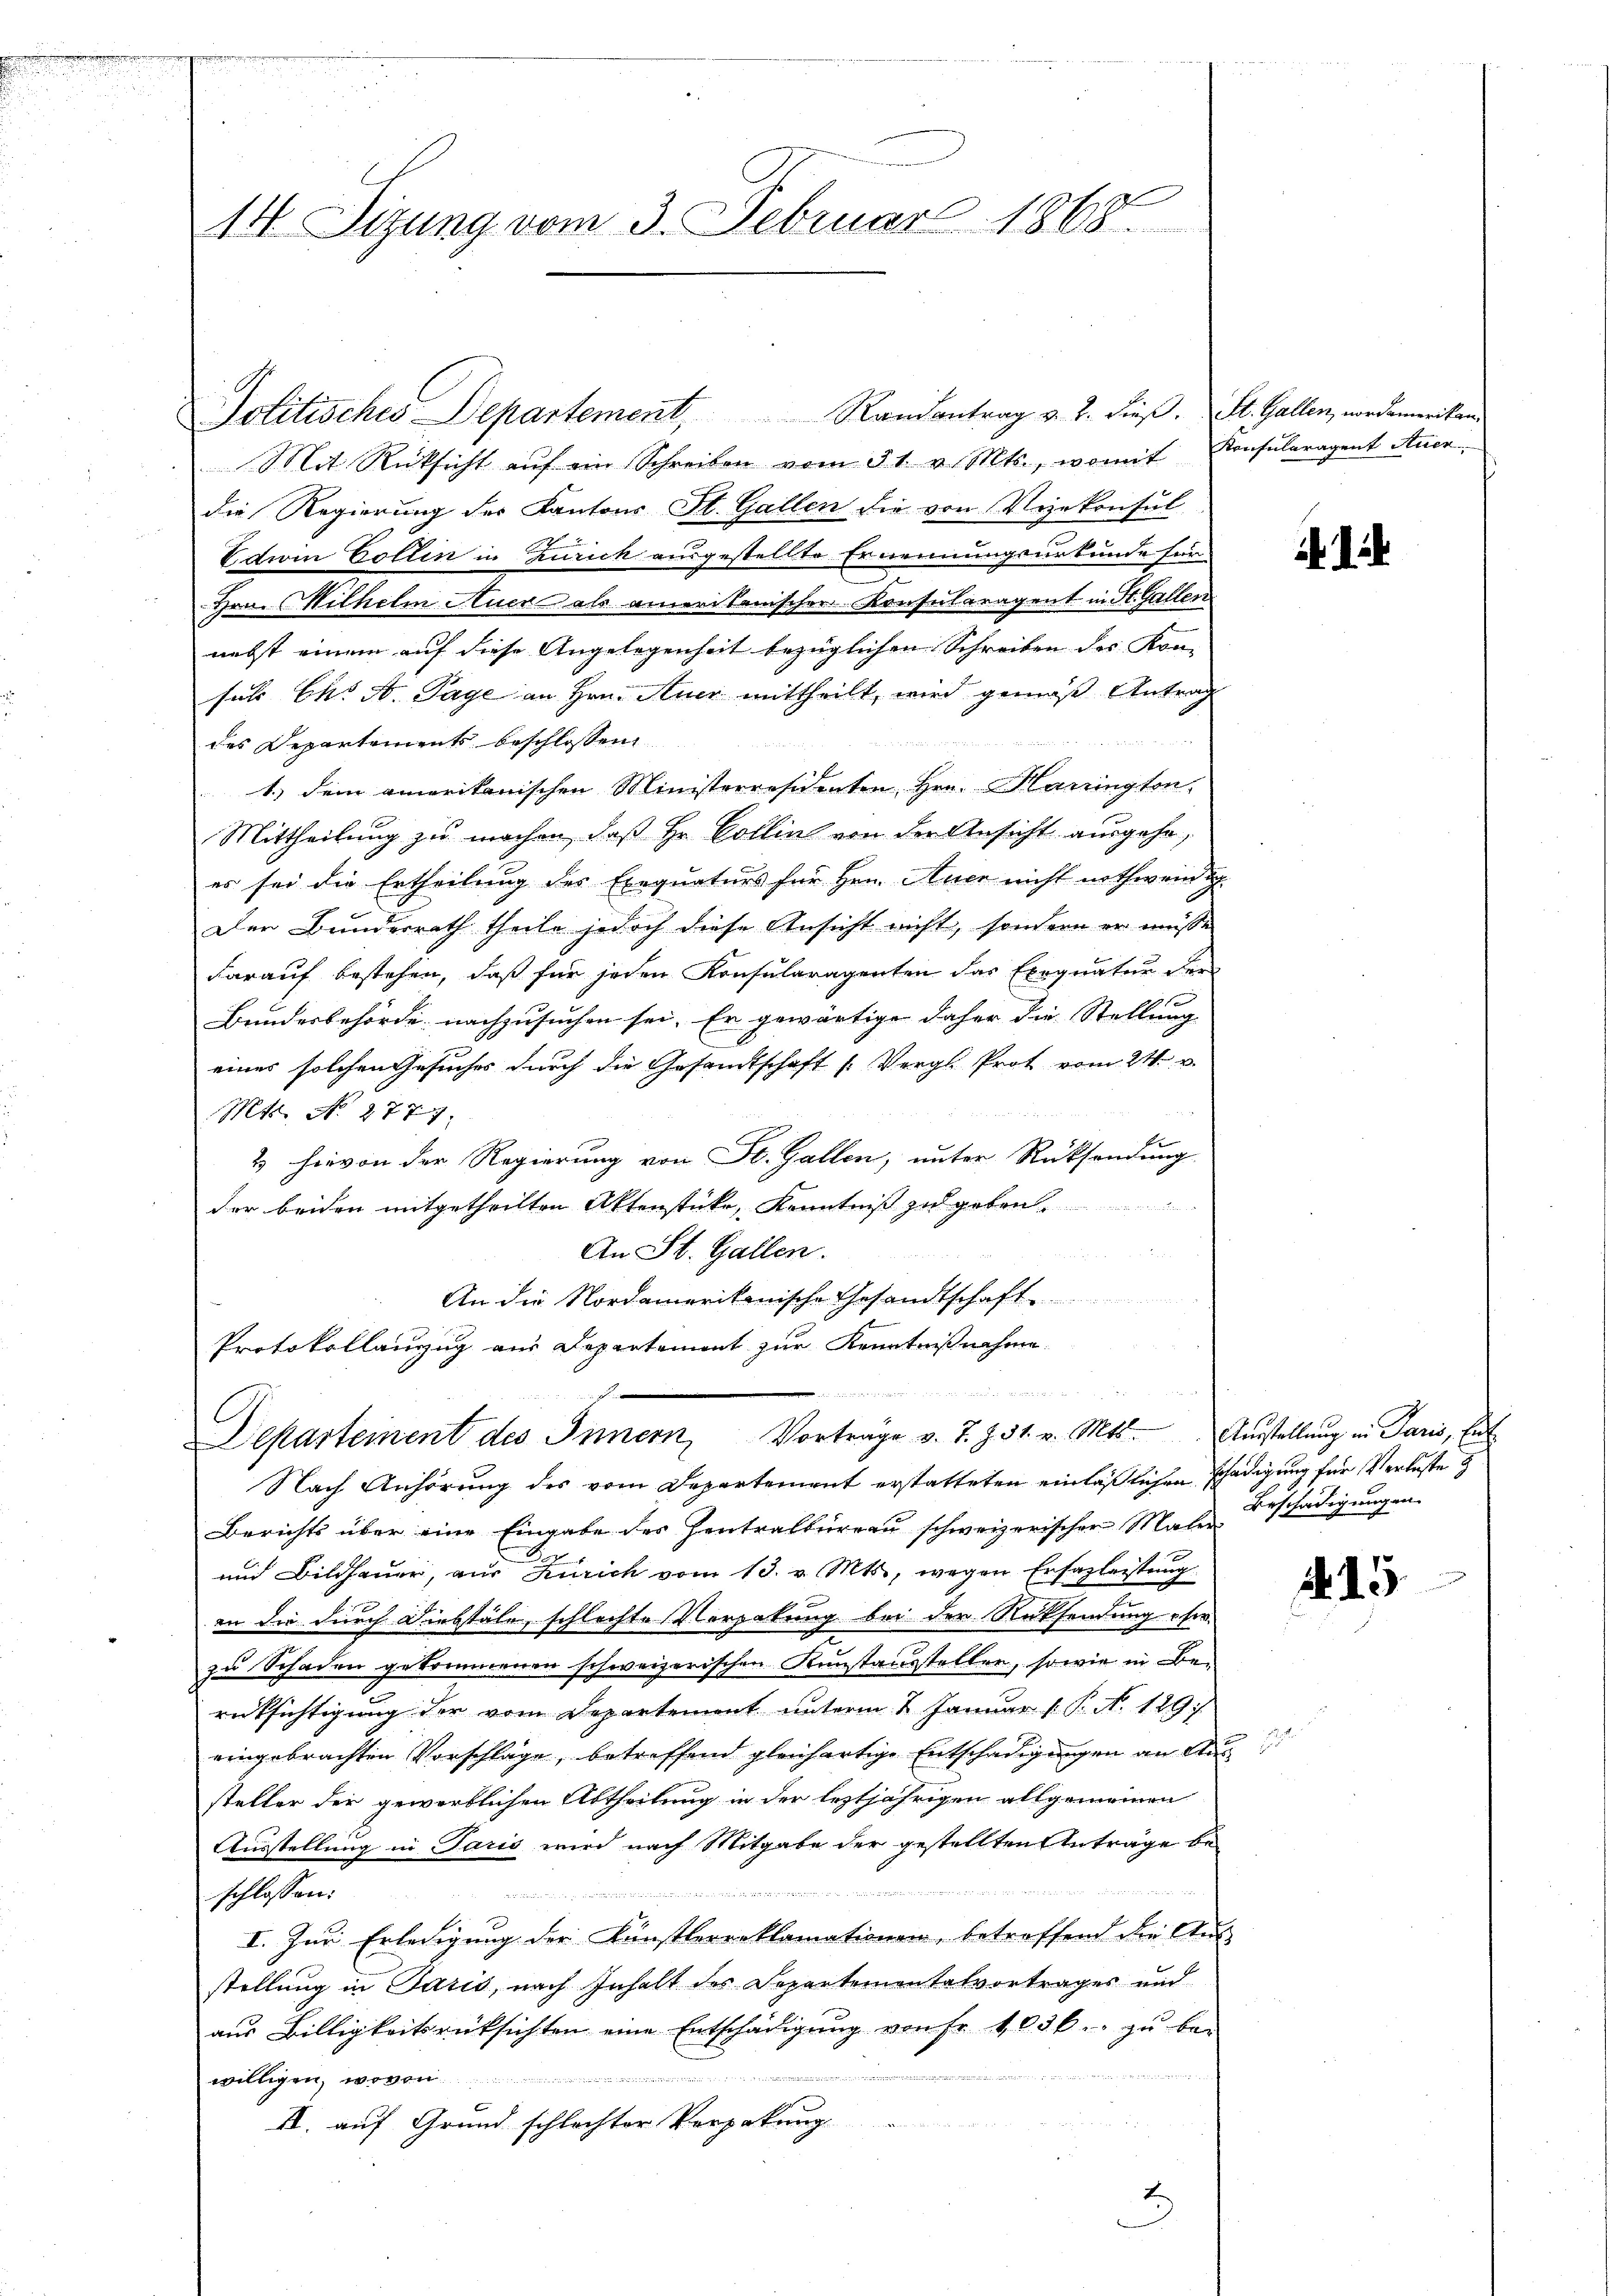
14. Sitzung vom 3. Februar 1868

Mit Rücksicht auf ein Schreiben vom 31. v. Mts., womit Konsularagent Aner
die Regierung des Kantons St. Gallen die von Vizekonsul
Activen Collin in Zürich ausgestellte Ernennungsurkunde für
.
Hrn. Wilhelm Auer als amerikanischer Konsularagent in St. Gallen
nebst einem auf diese Angelegenheit bezüglichen Schreiben der Kon-
ses C. A. Tage an Hrn. Auer mittheilt, wird gemäß Antrag
 elen an ihrere
des Departements beschlossen
1.) Dem amerikanischen Ministerresidenten Hrn. Harrington,
Mittheilung zu machen, daß Hr. Collin von der Ansicht ausgehe,
es sei die Ertheilung des Exequaturs für Hrn. Auch nicht nothwendig
Der Bundesrath theile jedoch diese Ansicht nicht, sondern er müsse
darauf bestehen, daß für jeden Konsularagenten das Exequatur der
Bundesbehörde nachzusuchen sei. Er gewärtige daher die Stellung
einer solchen Gesuches durch die Gesandtschaft (Vergl. Prot vom 24. v.
Mtt. No 2777.
2 hievon der Regierung von St. Gallen, unter Rücksendung
der beiden mitgetheilten Aktenstücke, Kenntniß zu geben.
An St. Gallen.
An die Nordamerikanische Gesandtschaft ............
Protokollanzug aus Departement zur Kenntnißnahme

Politisches Departement, Randantrag v. 2. dieß. St. Gallen, nordamerikan

Departement des Innern, Vorträge v. J. 731. v. Mtt. Austellung in Paris, Ei

Nach Anhörung des vom Departement erstatteten einläßlichen schädigung für Verluste
Berichts über eine Eingabe des Zentralbureau schweizerischer Maler
und Bildhauer, aus Zürich vom 13. v. Mts., wegen Erfazleistung
an die durch Diebstäle, schlechte Vergabung bei der Rüksendung eher
zu Schaden gekommenen schweizerischen Kunstausstellen, sowie in Berücksichtigung der vom Departement unterm 2 Januar 1. P. N. 129
eingebrachten Vorschläge, betreffend gleichartige Entschädigungen an de
steller der gewerblichen Abtheilung in der leztjährigen allgemeinen
Ausstellung in Paris wird nach Mitgabe der gestellten Anträge bemennen

schlossen:
I. Zum Erledigung der Künstlerreklamationen, betreffend die Aus-
stellung in Paris, nach Inhalt des Separtementalvortrages und
aŭs Billigkeitsrücksichten eine Entschädigŭng von Fr. 1036. zŭ be-
aus sei. d. Bei diesen, hat seien die er in
n
willigen, wovon
0
II. auf Grund schlechter Verpakung

.

.

Beschädigungen.

A 15